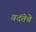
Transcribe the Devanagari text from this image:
वदंतेचे